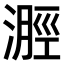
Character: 𣻽